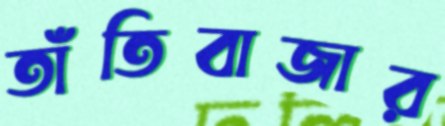
তাঁতিবাজার